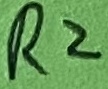
Text: R2